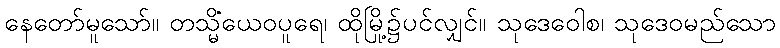
နေတော်မူသော်။ တသ္မိံယေဝပူရေ၊ ထိုမြို့၌ပင်လျှင်။ သုဒေဝေါစ၊ သုဒေဝမည်သော